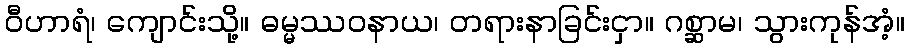
ဝီဟာရံ၊ ကျောင်းသို့။ ဓမ္မဿဝနာယ၊ တရားနာခြင်းငှာ။ ဂစ္ဆာမ၊ သွားကုန်အံ့။